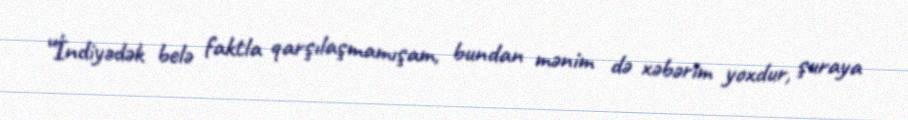
“İndiyədək belə faktla qarşılaşmamışam, bundan mənim də xəbərim yoxdur, şuraya